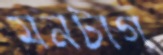
মনটাগ